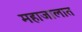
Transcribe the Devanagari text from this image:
महाजालात